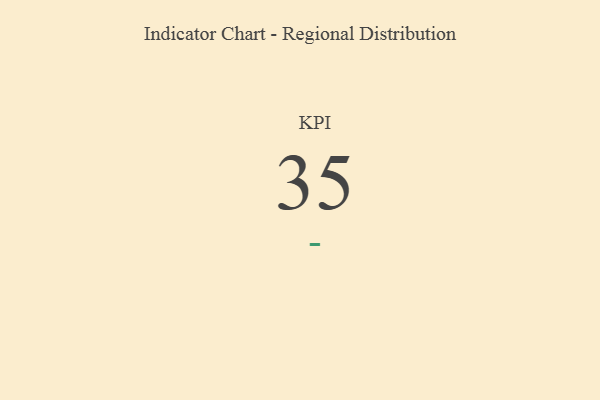
{"axis": {"x": "KPI", "y": "Value"}, "legend": [""], "data": [{"x": "KPI", "y": 35, "type": ""}]}